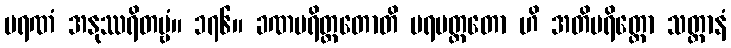
မရဏံ အနုဿရိတဗ္ဗံ။ ၁၇၆။ ခဏပရိတ္တတောတိ ပရမတ္ထတော ဟိ အတိပရိတ္တော သတ္တာနံ